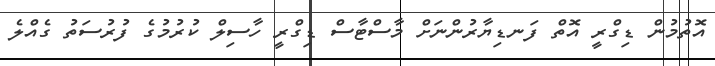
އޮތުމުން ޑިގްރީ އޮތް ފަނޑިޔާރުންނަށް މާސްޓާސް ޑިގްރީ ހާސިލް ކުރުމުގެ ފުރުސަތު ގެއްލެ